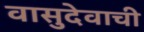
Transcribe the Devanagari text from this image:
वासुदेवाची